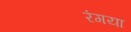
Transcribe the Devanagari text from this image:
रंगया